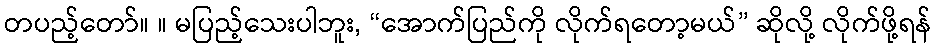
တပည့်တော်။ ။ မပြည့်သေးပါဘူး, “အောက်ပြည်ကို လိုက်ရတော့မယ်” ဆိုလို့ လိုက်ဖို့ရန်